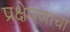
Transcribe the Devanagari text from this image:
प्रक्षेपणाचा